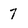
Character: 7